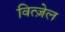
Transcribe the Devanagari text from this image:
वित्ज़ेल